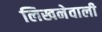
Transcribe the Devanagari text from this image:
लिखनेवाली